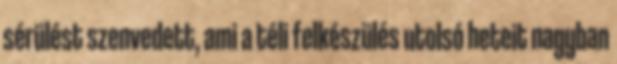
sérülést szenvedett, ami a téli felkészülés utolsó heteit nagyban